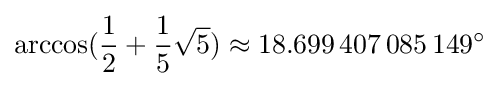
\arccos({\frac {1}{2}}+{\frac {1}{5}}{\sqrt {5}})\approx 18.699\,407\,085\,149^{\circ }